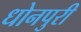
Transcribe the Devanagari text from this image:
धोनपुरी